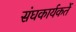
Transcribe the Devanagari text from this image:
संघकार्यकर्ते